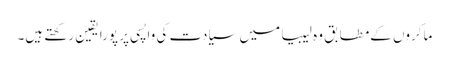
ماکروں کےمطابق وہ لیبیا میں سیادت کی واپسی پر پورا یقین رکھتے ہیں۔